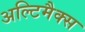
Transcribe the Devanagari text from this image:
अल्टिमैक्स